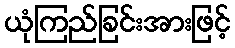
ယုံကြည်ခြင်းအားဖြင့်